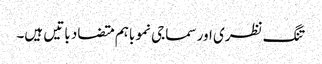
تنگ نظری اور سماجی نمو باہم متضاد باتیں ہیں۔